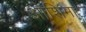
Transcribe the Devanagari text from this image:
ओशिमा